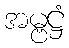
အမ္ဗဋ္ဌံ